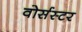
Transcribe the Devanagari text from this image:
वोर्सस्टर